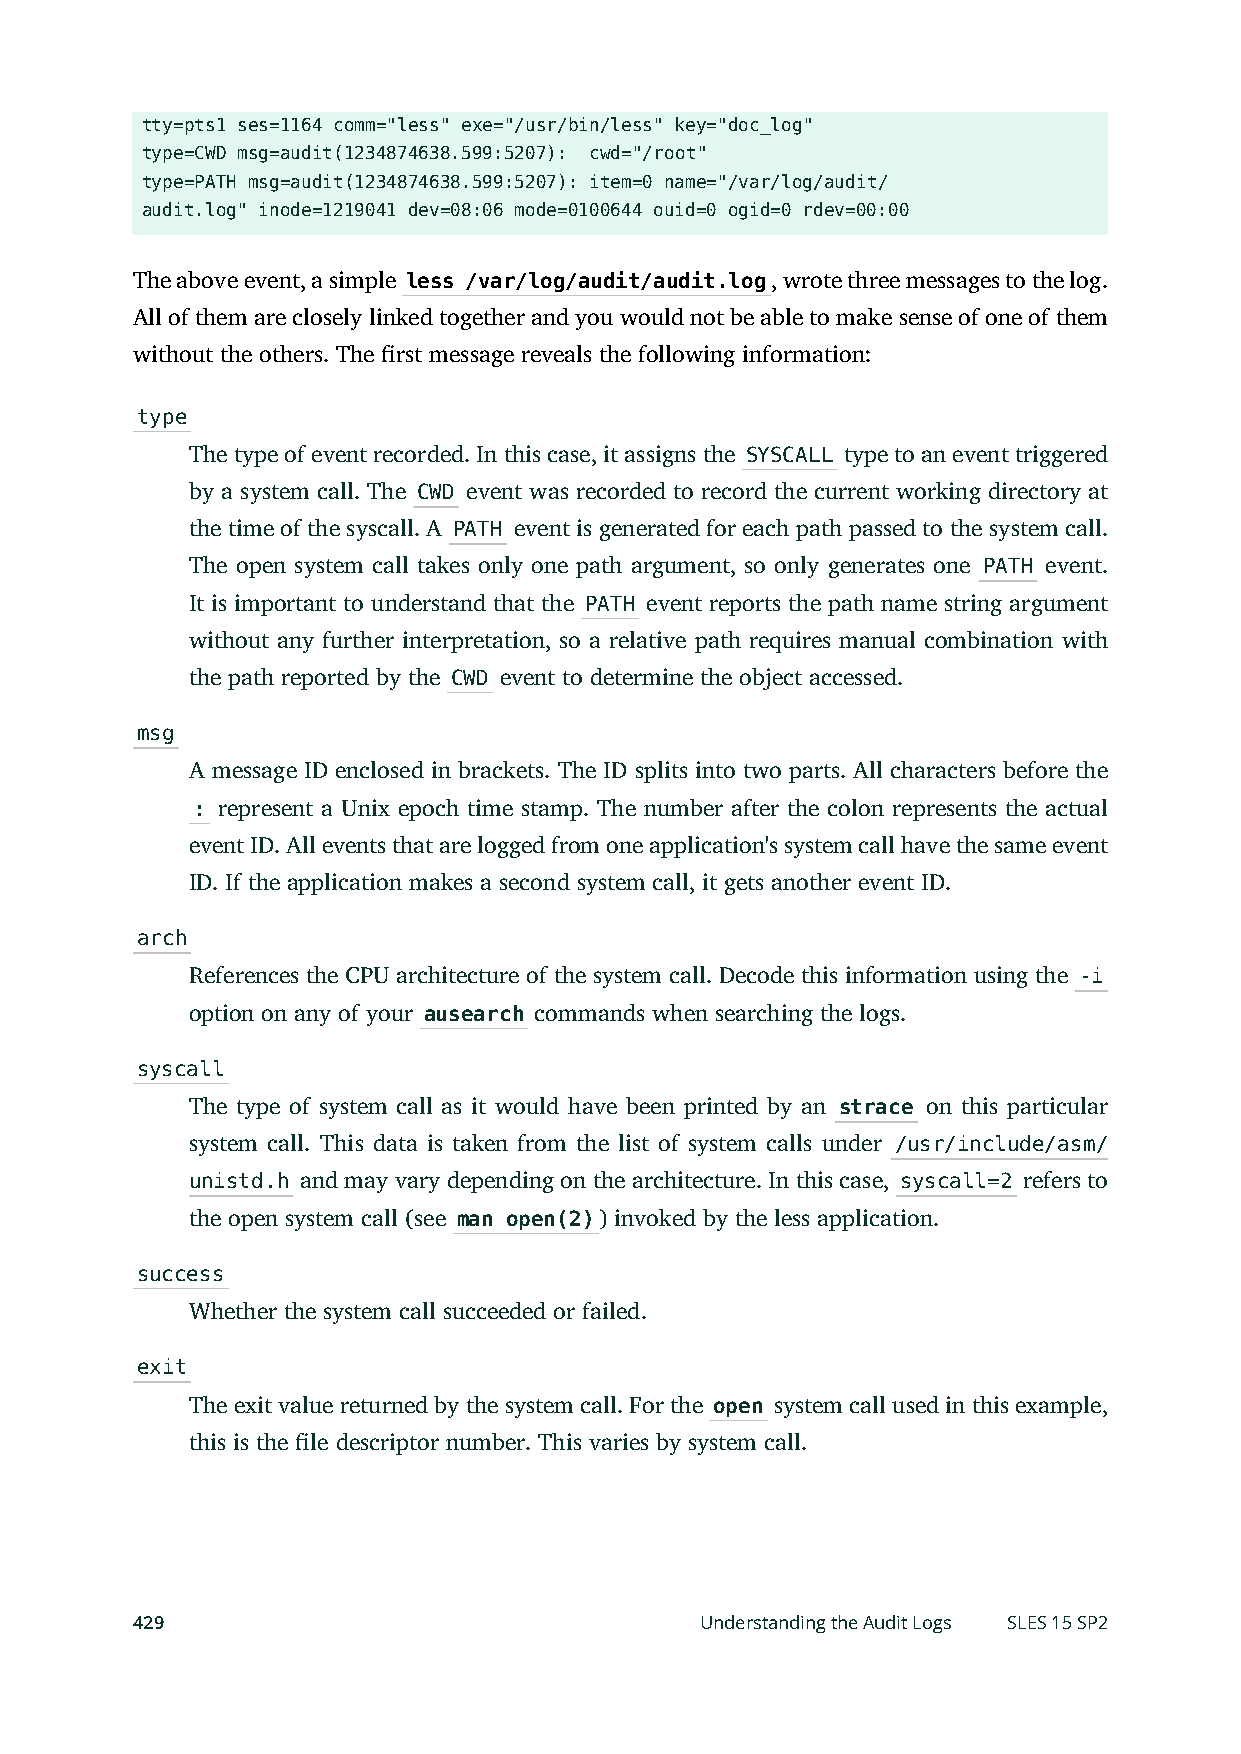
tty=pts1 ses=1164 comm="less" exe="/usr/bin/less" key="doc_log"
 type=CWD msg=audit(1234874638.599:5207): cwd="/root"
 type=PATH msg=audit(1234874638.599:5207): item=0 name="/var/log/audit/
 audit.log" inode=1219041 dev=08:06 mode=0100644 ouid=0 ogid=0 rdev=00:00
 The above event, a simple less /var/log/audit/audit.log, wrote three messages to the log.
 All of them are closely linked together and you would not be able to make sense of one of them
 without the others. The rst message reveals the following information:
 type
 The type of event recorded. In this case, it assigns the SYSCALL type to an event triggered
 by a system call. The CWD event was recorded to record the current working directory at
 the time of the syscall. A PATH event is generated for each path passed to the system call.
 The open system call takes only one path argument, so only generates one PATH event.
 It is important to understand that the PATH event reports the path name string argument
 without any further interpretation, so a relative path requires manual combination with
 the path reported by the CWD event to determine the object accessed.
 msg
 A message ID enclosed in brackets. The ID splits into two parts. All characters before the
 : represent a Unix epoch time stamp. The number after the colon represents the actual
 event ID. All events that are logged from one application's system call have the same event
 ID. If the application makes a second system call, it gets another event ID.
 arch
 References the CPU architecture of the system call. Decode this information using the -i
 option on any of your ausearch commands when searching the logs.
 syscall
 The type of system call as it would have been printed by an strace on this particular
 system call. This data is taken from the list of system calls under /usr/include/asm/
 unistd.h and may vary depending on the architecture. In this case, syscall=2 refers to
 the open system call (see man open(2)) invoked by the less application.
 success
 Whether the system call succeeded or failed.
 exit
 The exit value returned by the system call. For the open system call used in this example,
 this is the le descriptor number. This varies by system call.
 429                                  Understanding the Audit Logs SLES 15 SP2